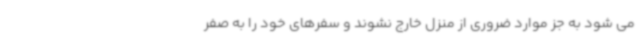
می شود به جز موارد ضروری از منزل خارج نشوند و سفرهای خود را به صفر